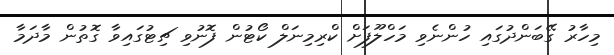
މިހާރު ގޭބަންދުގައި ހުންނެވި މަހްލޫފަށް ކްރިމިނަލް ކޯޓުން ފޮނުވި ޗިޓުގައިވާ ގޮތުން މާދަމާ